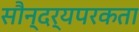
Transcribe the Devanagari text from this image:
सौन्दर्यपरकता